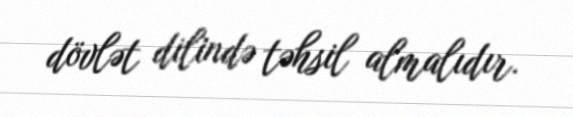
dövlət dilində təhsil almalıdır.